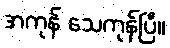
အကုန် သေကုန်ပြီ။